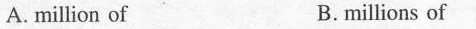
A.million of B.millions of